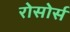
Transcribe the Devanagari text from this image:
रोसोर्स